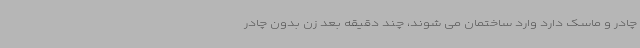
چادر و ماسک دارد وارد ساختمان می شوند، چند دقیقه بعد زن بدون چادر